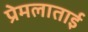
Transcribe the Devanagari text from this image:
प्रेमलाताई